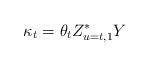
LaTeX: \begin{align*}\kappa _{t}=\theta _{t}Z_{u=t,1}^{\ast }Y\end{align*}